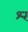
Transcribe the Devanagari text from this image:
श्‍र